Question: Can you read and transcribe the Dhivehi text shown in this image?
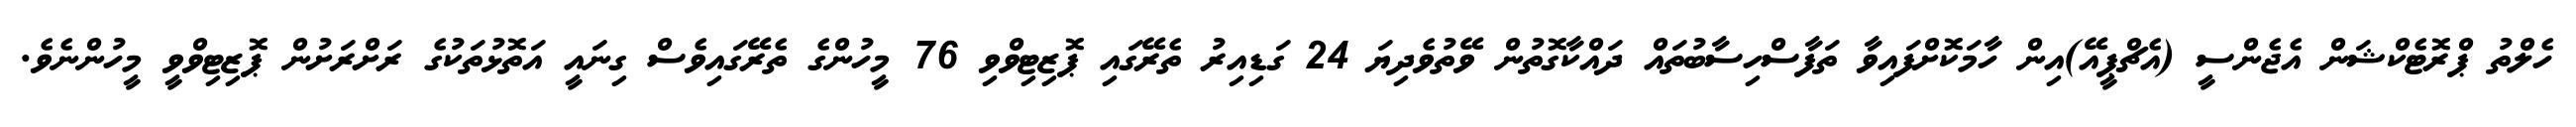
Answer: ހެލްތު ޕްރޮޓެކްޝަން އެޖެންސީ (އެޗްޕީއޭ)އިން ހާމަކޮށްފައިވާ ތަފާސްހިސާބުތައް ދައްކާގޮތުން ވޭތުވެދިޔަ 24 ގަޑިއިރު ތެރޭގައި ޕޮޒިޓިވްވި 76 މީހުންގެ ތެރޭގައިވެސް ގިނައީ އަތޮޅުތަކުގެ ރަށްރަށުން ޕޮޒިޓިވްވީ މީހުންނެވެ.